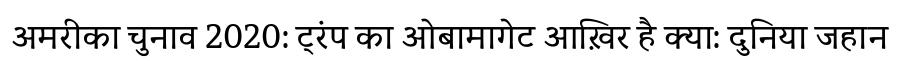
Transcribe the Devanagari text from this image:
अमरीका चुनाव 2020: ट्रंप का ओबामागेट आख़िर है क्या: दुनिया जहान